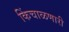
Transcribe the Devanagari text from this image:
किंचाळणारी